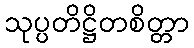
သုပ္ပတိဋ္ဌိတစိတ္တာ